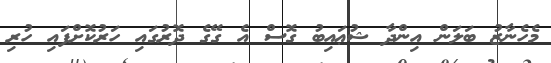
މެހެނާޒު ބަލަން އިންދާ ޝުޢައިބު ގޮސް އެ ގޭގެ ދޮރުގައި ހަރުކޮށްފައި ހުރި